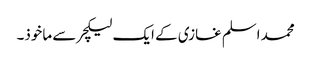
محمد اسلم غازی کے ایک لیکچر سے ماخوذ۔